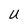
Character: U